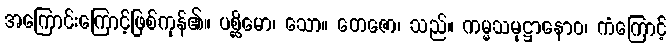
အကြောင်းကြောင့်ဖြစ်ကုန်၏။ ပစ္ဆိမော၊ သော။ တေဇော၊ သည်။ ကမ္မသမုဋ္ဌာနောဝ၊ ကံကြောင့်